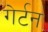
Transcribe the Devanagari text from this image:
गेर्टन